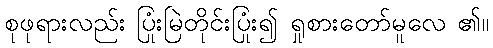
စုဖုရားလည်း ပြုံးမြဲတိုင်းပြုံး၍ ရှုစားတော်မူလေ ၏။